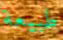
طبيعة